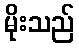
မိုးသည်